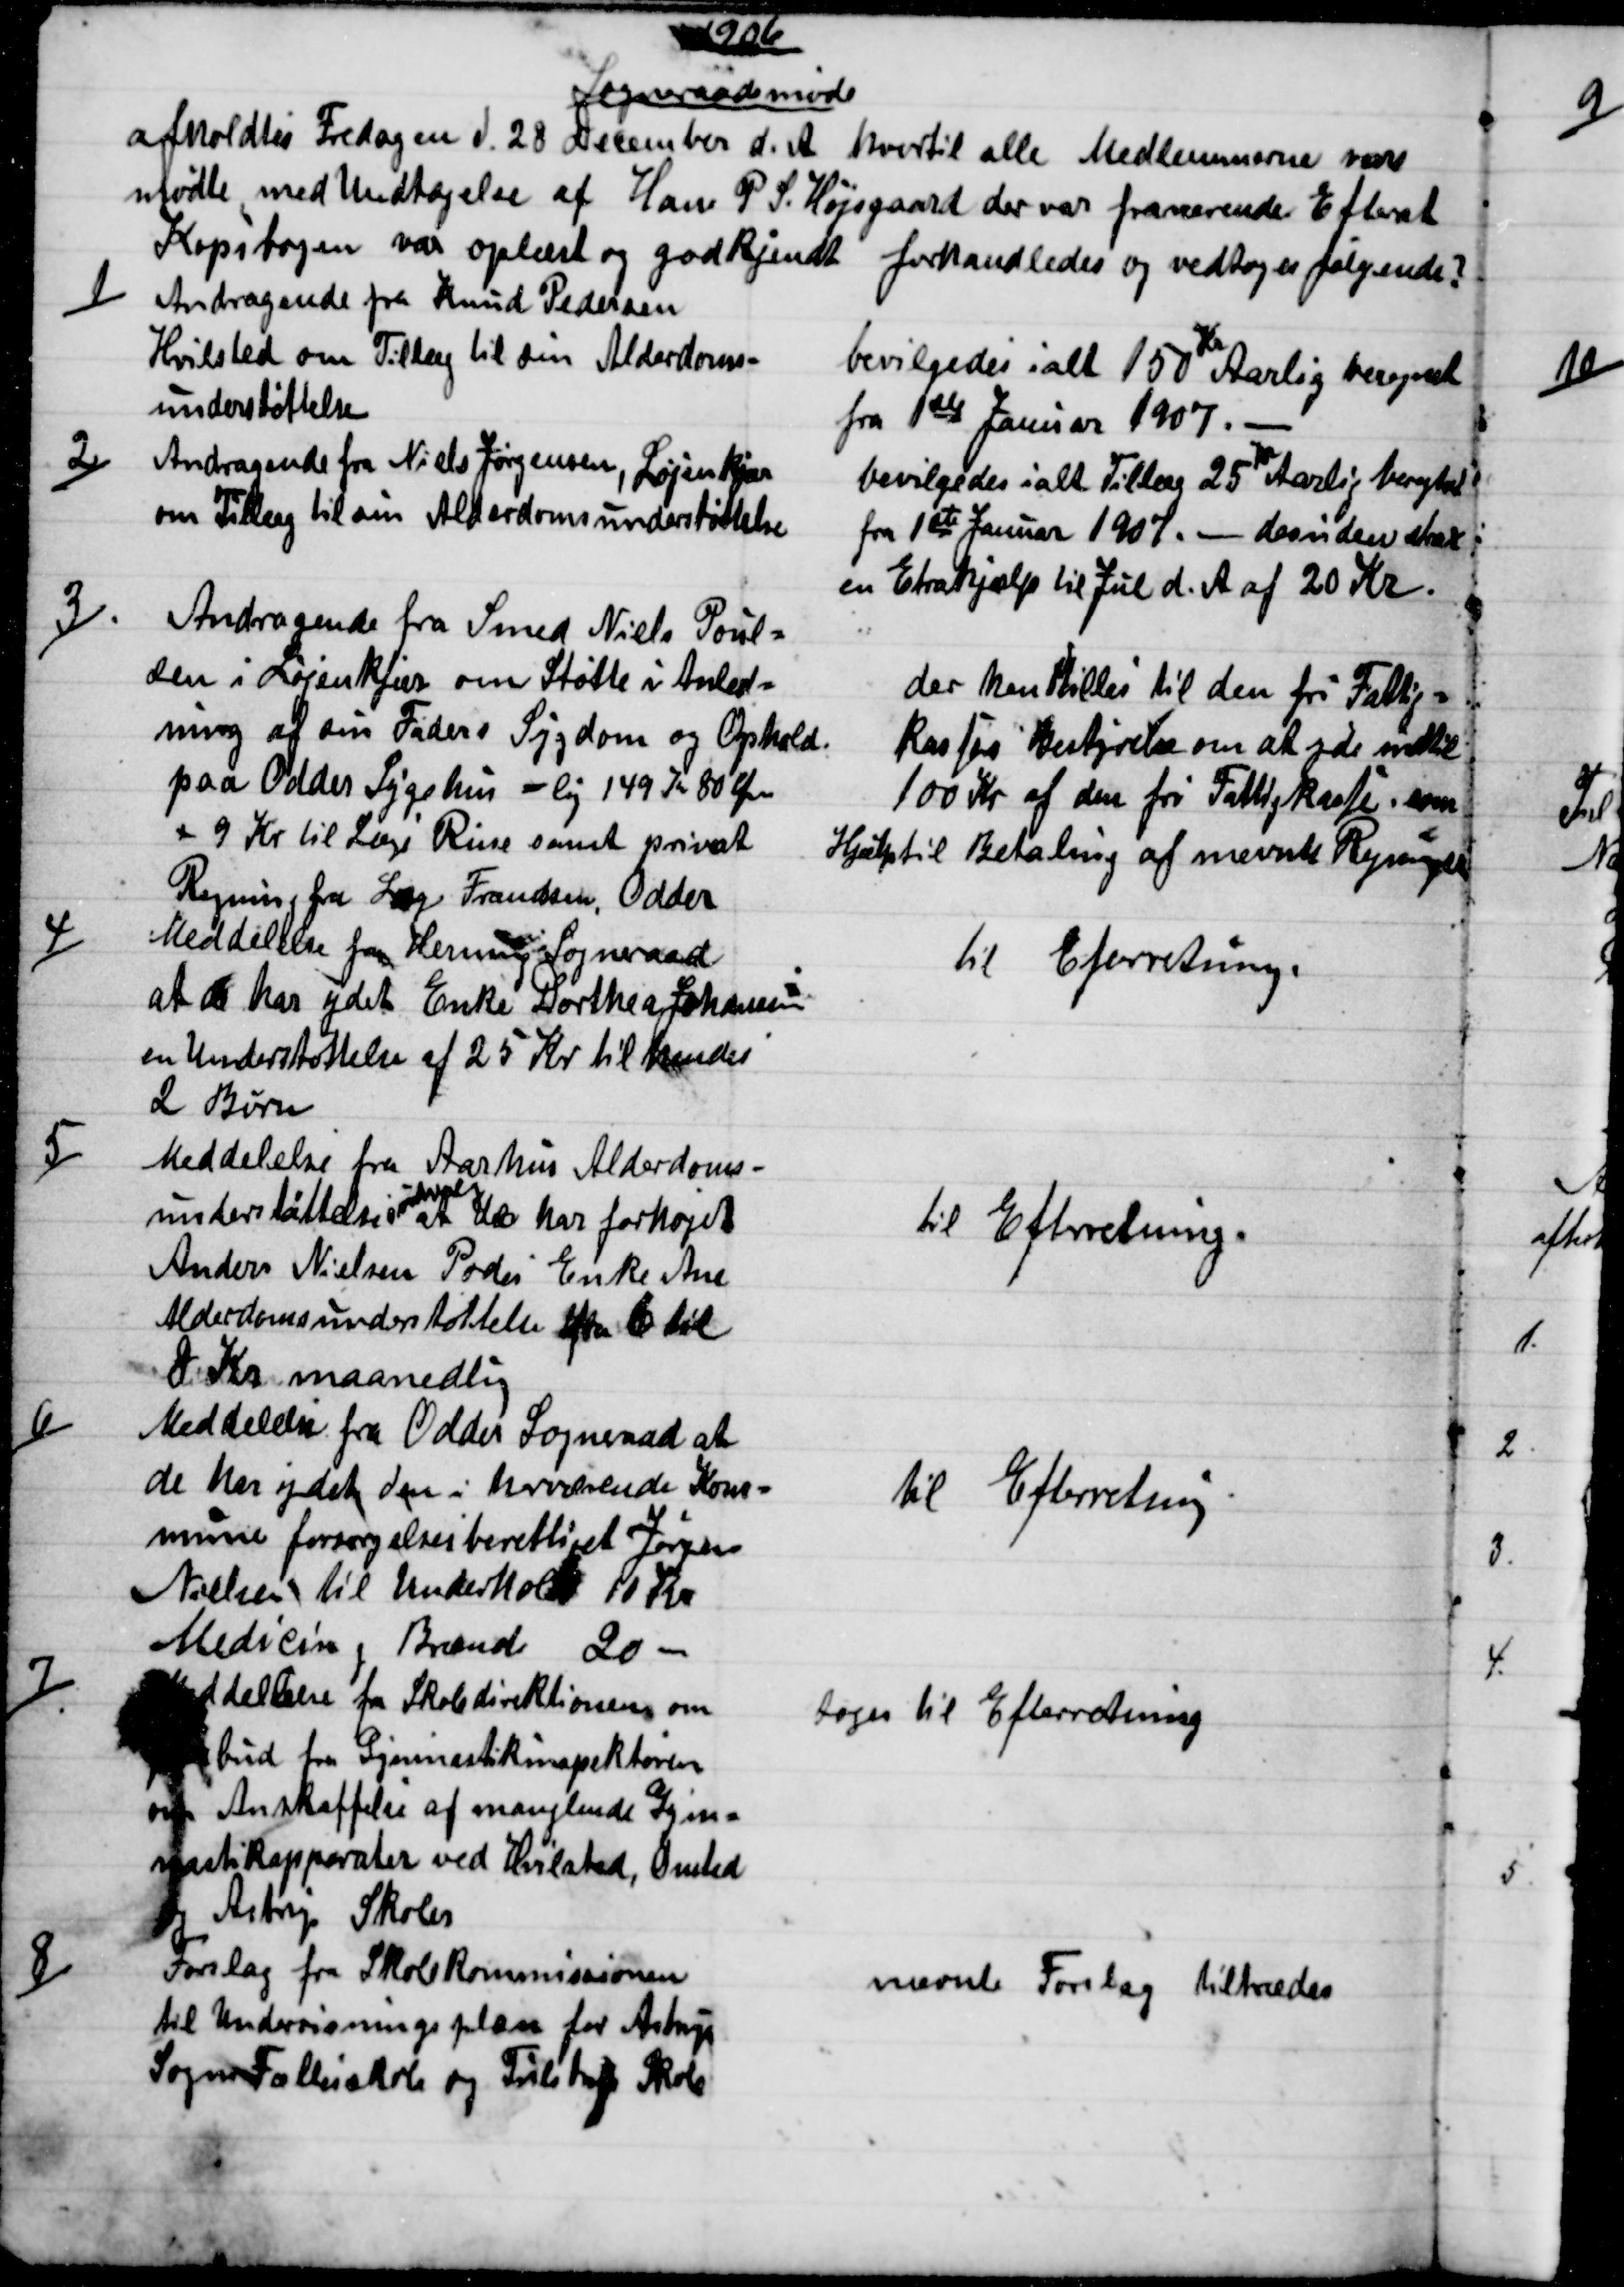
Transskription:
1906
Sogneraadsmøde
afholdtes Fredagen d. 28 December d. A. hvortil alle Medlemmerne vare
mødte med Undtagelse af Hans P S. Højsgaard der var fraværende. Efterat
Kopibogen var oplæst og godkjendt forhandledes og vedtoges følgende?
1)
Andragende fra Knud Pedersen
Hvilsted om Tillæg til sin Alderdoms=
understøttelse.
bevilgedes i alt 150 
Kr
Aarlig beregnet
fra 1ste Januar 1907.
2)
Andragende fra Niels Jørgensen, Løjenkjær
om Tillæg til sin Alderdomsunderstøttelse
bevilgedes ialt Tillæg 25 
Kr
Aarlig beregnet
fra 1ste Januar 1907. - desuden strax 
en Extrahjælp til Jul d. A. af 20 Kr.
3)
Andragende fra Smed Niels Poul=
sen i Løjenkjær om Støtte i Anled=
ning af sin Faders Sygdom og Ophold.
paa Odder Sygehus - lig 149 Kr 80 Øre
+ 9 Kr til Læge Riise samt privat
Regning fra Læge Frandsen, Odder.
der henstilles til den fri Fattig=
kasses Bestyrelse om at yde indtil
100 Kr af den fri Fattigkasse som
Hjælp til Betaling af nævnte Regninger
4)
Meddelelse fra Herning Sogneraad
at de har ydet Enke Dorthea Johansen
en Understøttelse af 25 Kr. til hendes
2 Børn.
til Efterretning.
5)
Meddelelse fra Aarhus Alderdoms-
understøttelses
udvalg
at de har forhøjet
Anders Nielsen Podes Enke Ane
Alderdomsunderstøttelse fra 6 til
8 Kr maanedlig.
til Efterretning.
6)
Meddelelse fra Odder Sogneraad at
de har ydet den i herværende Kom=
mune forsørgelsesberettiget Jørgen
Nielsen til Underhold 10 Kr
Medicin og Brænde 20 
til Efterretning
7)
Meddelelse fra Skoledirektionen om
Påbud fra Gymnastikinspektøren
om Anskaffelse af manglende Gym=
nastikapparater ved Hvilsted, Onsted
og Astrup Skoler
toges til Efterretning
8)
Forslag fra Skolekommissionen
til Undervisningsplan for Astrup
Sognes Fællesskole og Tulstrup Skole.
nævnte Forslag tiltrædes